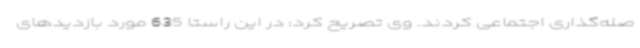
صله‌گذاری اجتماعی کردند. وی تصریح کرد: در این راستا 635 مورد بازدیدهای